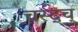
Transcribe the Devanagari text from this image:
चस्द्च्